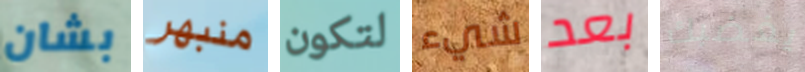
بشان منبهر لتكون شيء بعد يغضبك